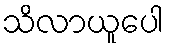
သိလာယူပေါ